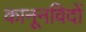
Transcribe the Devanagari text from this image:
कानूनविदों